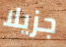
جزيلا